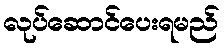
လုပ်ဆောင်ပေးရမည်